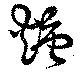
煻